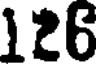
126